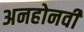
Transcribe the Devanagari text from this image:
अनहोनवी